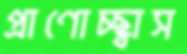
প্রাণোচ্ছ্বাস